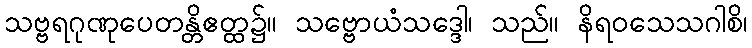
သဗ္ဗရဂုဏုပေတန္တိဧတ္ထ၌။ သဗ္ဗောယံသဒ္ဒေါ၊ သည်။ နိရဝသေသဂါစိ၊